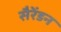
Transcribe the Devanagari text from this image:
सैरेंडन